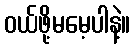
ဝယ်ဖို့မမေ့ပါနဲ့။